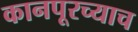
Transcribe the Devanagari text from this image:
कानपूरच्याच